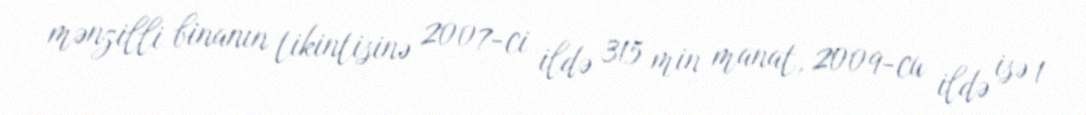
mənzilli binanın tikintisinə 2007-ci ildə 315 min manat, 2009-cu ildə isə 1